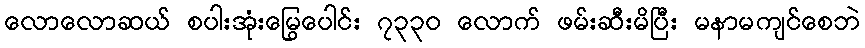
လောလောဆယ် စပါးအုံးမြွေပေါင်း ၇၃၃၀ လောက် ဖမ်းဆီးမိပြီး မနာမကျင်စေဘဲ